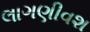
લાગણીવશ